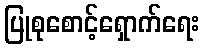
ပြုစုစောင့်ရှောက်ရေး